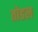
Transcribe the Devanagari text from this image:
तोडल